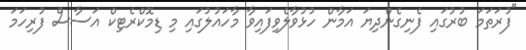
"ފުރަތަމަ ބުރުގައި ފެނިގެންދިޔަ އަމާން ހުޅުވާލެވިފައިވާ މާހައުލުގައި މި ޑިމޮކްރެޓިކް އަސާސް ފުރިހަމަ